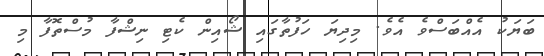
ބަޔަކު އެއްބަސްވެ އެވެ. މިދިޔަ ހަފުތާގައި ޝޯއިން ކެޓި ނިޝްފާ މުސްތޮފާ މި